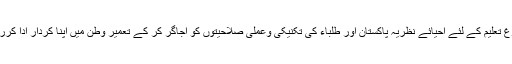
جو فروغ تعلیم کے لئے احیائے نظریہ پاکستان اور طلباء کی تکنیکی وعملی صلاحیتوں کو اجاگر کر کے تعمیر وطن میں اپنا کردار ادا کررہی ہے۔